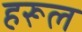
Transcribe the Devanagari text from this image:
हरूल